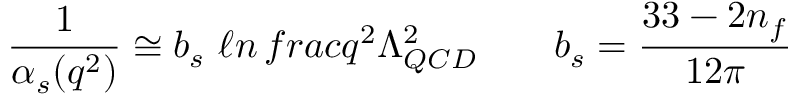
\frac { 1 } { \alpha _ { s } ( q ^ { 2 } ) } \cong b _ { s } \ \ell n \, f r a c { q ^ { 2 } } { \Lambda _ { Q C D } ^ { 2 } } \qquad b _ { s } = \frac { 3 3 - 2 n _ { f } } { 1 2 \pi }